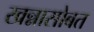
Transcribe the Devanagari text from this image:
खन्नासोबत